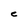
Character: C